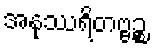
အနုဿရိတဗ္ဗဉ္စ